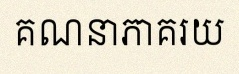
គណនាភាគរយ